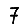
Digit: 7